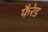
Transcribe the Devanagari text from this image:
फैरेड